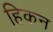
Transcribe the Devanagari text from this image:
हिकन